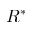
R ^ { * }